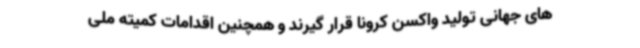
های جهانی تولید واکسن کرونا قرار گیرند و همچنین اقدامات کمیته ملی